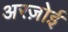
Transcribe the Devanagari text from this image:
अरज़ोई